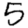
Digit: 5